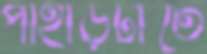
পাহাড়টাতে